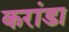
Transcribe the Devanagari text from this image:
करांडा